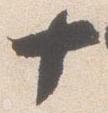
十